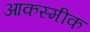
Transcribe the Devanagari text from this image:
आकस्मीक